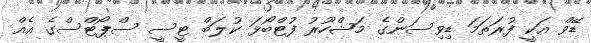
ޑޭވް އަކީ ފުރަތަމަ ޑިވިސަންގެ މަޝްހޫރު ފުޓްބޯޅަ ކުލަބް ޓީސީ ސްޕޯޓްސްގެ އެއް